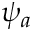
\psi _ { a }